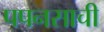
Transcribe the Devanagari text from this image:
पपनसाची